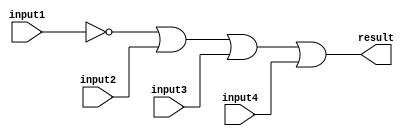
/******************************************************************************
 ** Logisim-evolution goes FPGA automatic generated Verilog code             **
 ** https://github.com/logisim-evolution/                                    **
 **                                                                          **
 ** Component : OR_GATE_4_INPUTS                                             **
 **                                                                          **
 *****************************************************************************/

module OR_GATE_4_INPUTS( input1,
                         input2,
                         input3,
                         input4,
                         result );

   /*******************************************************************************
   ** Here all module parameters are defined with a dummy value                  **
   *******************************************************************************/
   parameter [64:0] BubblesMask = 1;

   /*******************************************************************************
   ** The inputs are defined here                                                **
   *******************************************************************************/
   input input1;
   input input2;
   input input3;
   input input4;

   /*******************************************************************************
   ** The outputs are defined here                                               **
   *******************************************************************************/
   output result;

   /*******************************************************************************
   ** The wires are defined here                                                 **
   *******************************************************************************/
   wire s_realInput1;
   wire s_realInput2;
   wire s_realInput3;
   wire s_realInput4;

   /*******************************************************************************
   ** The module functionality is described here                                 **
   *******************************************************************************/

   /*******************************************************************************
   ** Here the bubbles are processed                                             **
   *******************************************************************************/
   assign  s_realInput1 = (BubblesMask[0] == 1'b0) ? input1 : ~input1;
   assign  s_realInput2 = (BubblesMask[1] == 1'b0) ? input2 : ~input2;
   assign  s_realInput3 = (BubblesMask[2] == 1'b0) ? input3 : ~input3;
   assign  s_realInput4 = (BubblesMask[3] == 1'b0) ? input4 : ~input4;

   /*******************************************************************************
   ** Here the functionality is defined                                          **
   *******************************************************************************/
   assign result = s_realInput1|
                   s_realInput2|
                   s_realInput3|
                   s_realInput4;

endmodule